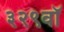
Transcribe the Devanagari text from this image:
३२९वॉ